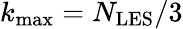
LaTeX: {{k_{\operatorname*{max}}}=N_{\mathrm{{LES}}}/3}